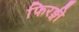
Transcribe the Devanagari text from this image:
फिरङ्गी